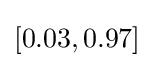
[0.03,0.97]